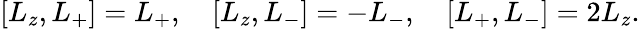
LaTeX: [L_{z},L_{+}]=L_{+},\quad[L_{z},L_{-}]=-L_{-},\quad[L_{+},L_{-}]=2L_{z}.